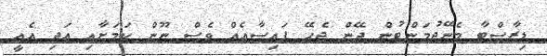
ޑިޒާސްޓާ މެނޭޖުމަންޓުން ދޭން ޖެހޭ ފައިސާއެއް ވެސް ނޫން ކަމަށާއި އަދި އެއީ